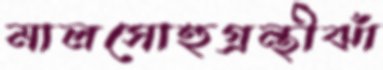
মালসোহুগ্রন্থীঝাঁ